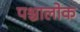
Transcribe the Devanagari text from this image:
पश्चालोक